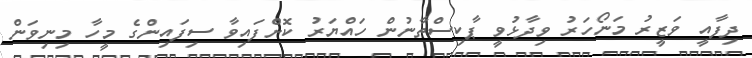
ދިފާއީ ވަޒީރު މަނޯހަރު ވިދާޅުވީ ޕާކިސްތާނުން ހައްޔަރު ކޮށްފައިވާ ސިފައިންގެ މީހާ މިނިވަން